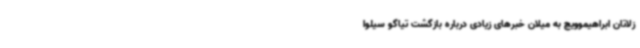
زلاتان ابراهیموویچ به میلان خبرهای زیادی درباره بازگشت تیاگو سیلوا